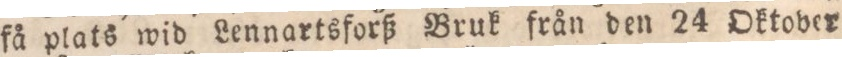
få plats wid Lennartsforß Bruk från den 24 Oktober